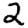
Digit: 2